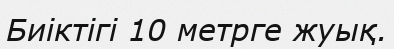
Биіктігі 10 метрге жуық.